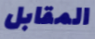
المقابل